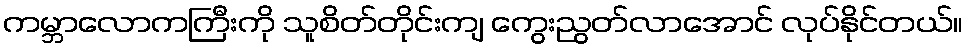
ကမ္ဘာလောကကြီးကို သူစိတ်တိုင်းကျ ကွေးညွတ်လာအောင် လုပ်နိုင်တယ်။